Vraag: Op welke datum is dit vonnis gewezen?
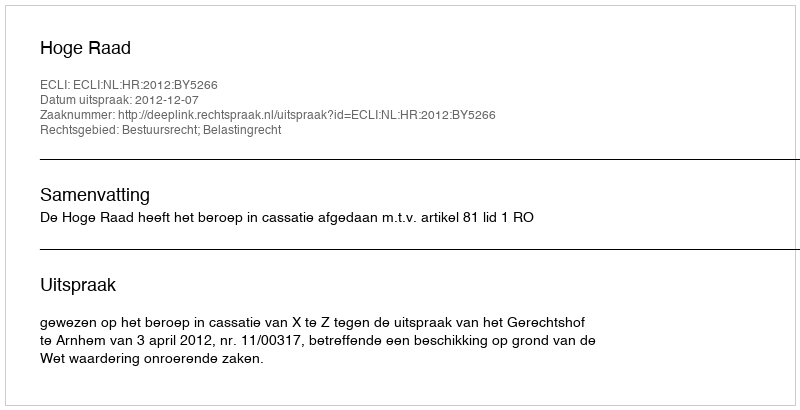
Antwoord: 2012-12-07